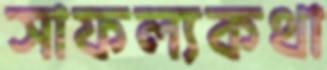
সাফল্যকথা